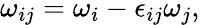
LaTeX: \omega_{ij}=\omega_{i}-\epsilon_{ij}\omega_{j},